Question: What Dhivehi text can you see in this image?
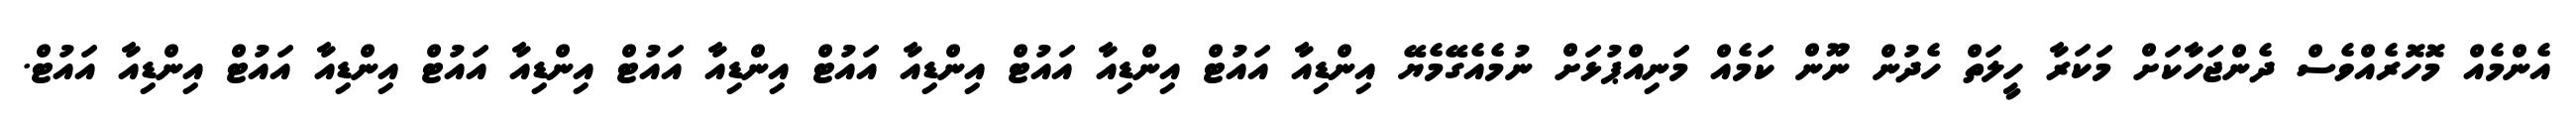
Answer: އެންމެއް މޮހޮރެއްވެސް ދެންޖަހާކަށް މަކަރާ ހީލަތް ހެދުން ނޫން ކަމެއް މަނިއްޕުޅަށް ނުމެއެގޭމެޔޭ އިންޑިއާ އައުޓް އިންޑިއާ އައުޓް އިންޑިއާ އައުޓް އިންޑިއާ އައުޓް އިންޑިއާ އައުޓް އިންޑިއާ އައުޓް އިންޑިއާ އައުޓް.